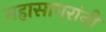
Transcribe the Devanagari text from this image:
महासागरांनी